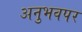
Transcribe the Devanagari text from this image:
अनुभवपर